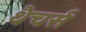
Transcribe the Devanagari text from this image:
थैचर्स